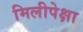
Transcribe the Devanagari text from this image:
मिलीपेक्षा